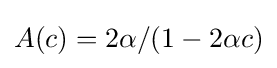
A(c)=2\alpha /(1-2\alpha c)